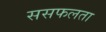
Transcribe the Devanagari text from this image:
ससफलता